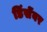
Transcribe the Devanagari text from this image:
डिंसेंबर